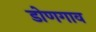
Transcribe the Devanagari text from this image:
डोणगाव